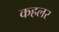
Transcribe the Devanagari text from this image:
कहलर